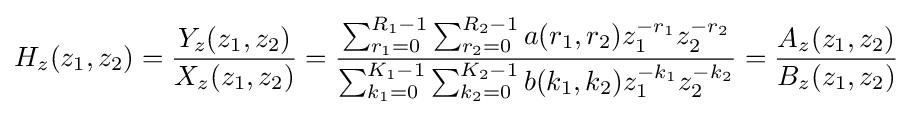
H_{z}(z_{1},z_{2})={\frac {Y_{z}(z_{1},z_{2})}{X_{z}(z_{1},z_{2})}}={\frac {\sum _{r_{1}=0}^{R_{1}-1}\sum _{r_{2}=0}^{R_{2}-1}a(r_{1},r_{2})z_{1}^{-r_{1}}z_{2}^{-r_{2}}}{\sum _{k_{1}=0}^{K_{1}-1}\sum _{k_{2}=0}^{K_{2}-1}b(k_{1},k_{2})z_{1}^{-k_{1}}z_{2}^{-k_{2}}}}={\frac {A_{z}(z_{1},z_{2})}{B_{z}(z_{1},z_{2})}}